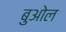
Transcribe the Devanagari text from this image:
बुओल